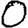
Digit: 0